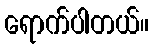
ရောက်ပါတယ်။